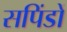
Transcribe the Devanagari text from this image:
सपिंडों